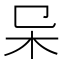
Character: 𣎿